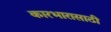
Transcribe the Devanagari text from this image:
कारभारासाठी